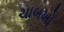
ચાબખો